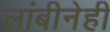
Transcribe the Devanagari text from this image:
लांबीनेही